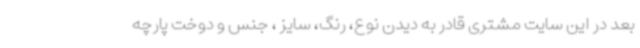
بعد در این سایت مشتری قادر به دیدن نوع، رنگ، سایز ، جنس و دوخت پارچه